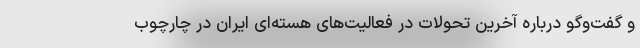
و گفت‌وگو درباره آخرین تحولات در فعالیت‌های هسته‌ای ایران در چارچوب